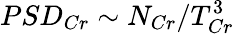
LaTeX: PSD_{Cr}\sim N_{Cr}/T_{Cr}^{3}